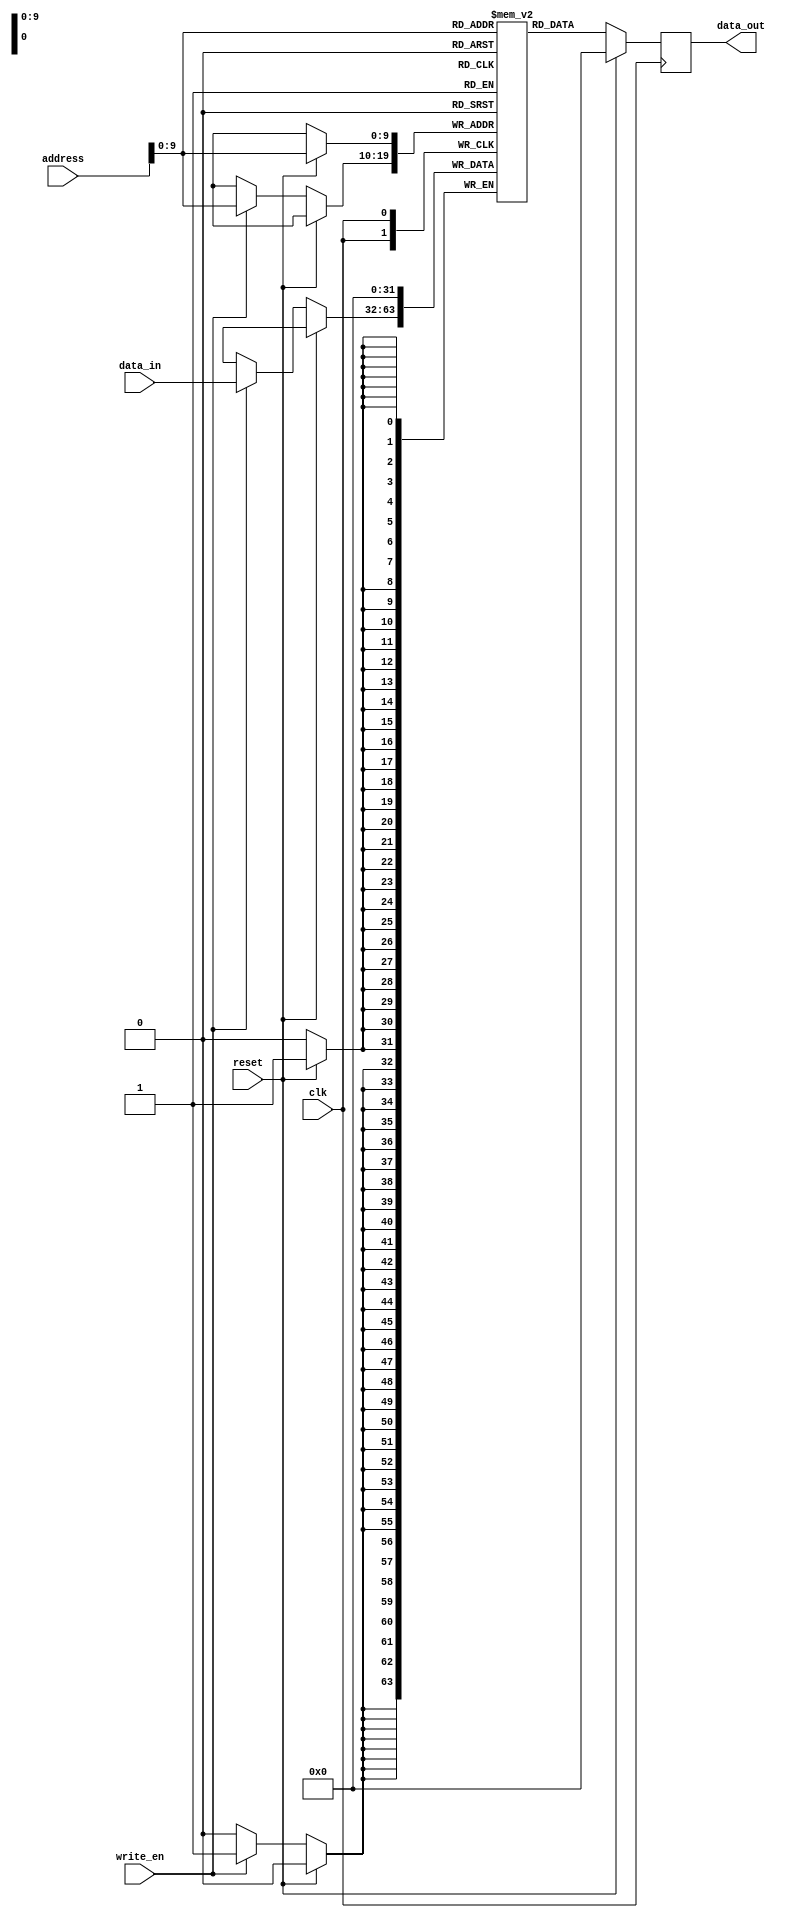
module MRAM(
    input wire clk, // Clock signal
    input wire reset, // Reset signal
    input wire [31:0] address, // Address for memory cell access
    input wire [31:0] data_in, // Input data for write operation
    input wire write_en, // Write enable signal
    output reg [31:0] data_out // Output data for read operation
);

// Define memory cells using magnetic tunnel junction elements
reg [31:0] memory_cells [0:1023];

// Read operation
always @ (posedge clk) begin
    if (reset) begin
        data_out <= 0;
    end else begin
        data_out <= memory_cells[address];
    end
end

// Write operation
always @ (posedge clk) begin
    if (reset) begin
        memory_cells[address] <= 0;
    end else begin
        if (write_en) begin
            memory_cells[address] <= data_in;
        end
    end
end

endmodule